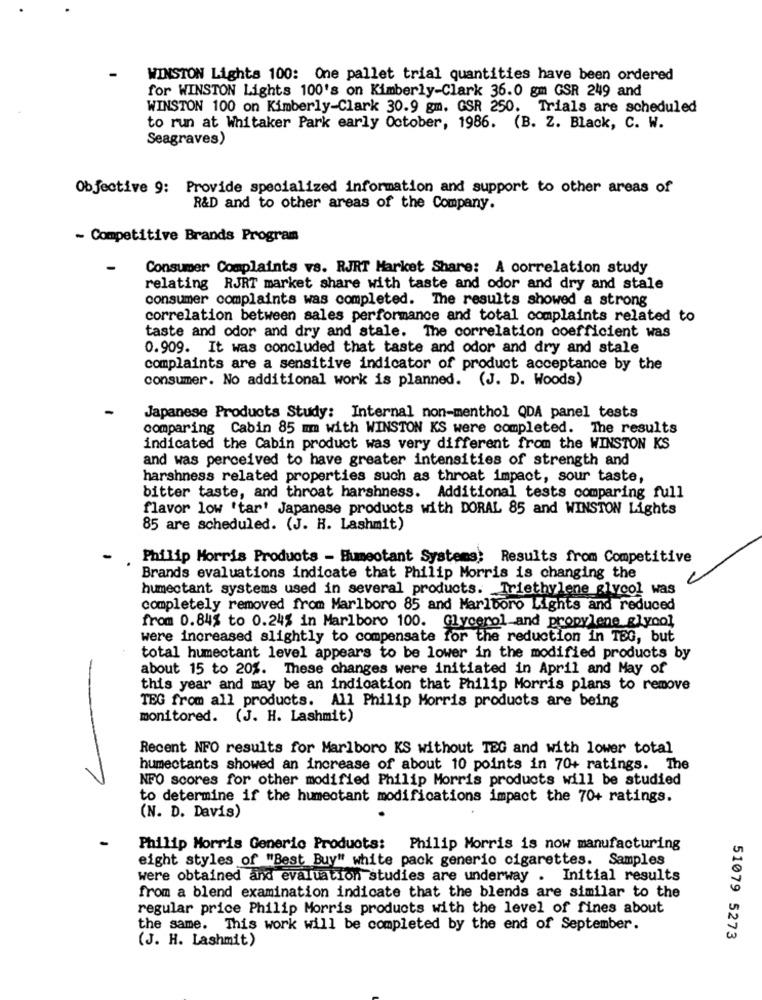
WINSTON Lights 100: One pallet trial quantities have been ordered
for WINSTON Lights 100's on Kimberly-Clark 36.0 gm GSR 249 and
WINSTON 100 on Kimberly-Clark 30.9 gm. GSR 250. Trials are scheduled
to run at Whitaker Park early October, 1986. (B. Z. Black, C. W.
Seagraves)
Objective 9: Provide specialized information and support to other areas of
R&D and to other areas of the Company.
~ Competitive Brands Program
Consumer Complaints vs. RJRT Market Share: A correlation study
relating RJRT market share with taste and odor and dry and stale
consumer complaints was completed. The results showed a strong
correlation between sales performance and total complaints related to
taste and odor and dry and stale. The correlation coefficient was
0.909. It was concluded that taste and odor and dry and stale
complaints are a sensitive indicator of product acceptance by the
consumer. No additional work is planned. (J. D. Woods)
Japanese Products Study: Internal non-menthol QDA panel tests
comparing Cabin 85 mm with WINSTON KS were completed. The results
indicated the Cabin product was very different from the WINSTON KS
and was perceived to have greater intensities of strength and
harshness related properties such as throat impact, sour taste,
bitter taste, and throat harshness. Additional tests comparing full
flavor low 'tar' Japanese products with DORAL 85 and WINSTON Lights
85 are scheduled. (J. H. Lashmit)
Philip Morris Products - Humeotant Systems; Results from Competitive
Brands evaluations indicate that Philip Morris is changing the
humectant systems used in several products. Triethylene glycol was
completely removed from Marlboro 85 and Marlboro Lights and reduced
from 0.84% to 0.24% in Marlboro 100. Glycerol and propylene glycol
were increased slightly to compensate for the reduction in TEG, but
total humectant level appears to be lower in the modified products by
about 15 to 20%. These changes were initiated in April and May of
this year and may be an indication that Philip Morris plans to remove
TEG from all products. All Philip Morris products are being
monitored. (J. H. Lashmit)
Recent NFO results for Marlboro KS without TEG and with lower total
humectants showed an increase of about 10 points in 70+ ratings. The
NFO scores for other modified Philip Morris products will be studied
to determine if the humectant modifications impact the 70+ ratings.
(N. D. Davis)
Philip Morris Generic Products: Philip Morris is now manufacturing
eight styles of "Best Buy" white pack generic cigarettes. Samples
were obtained and evaluation studies are underway . Initial results
from a blend examination indicate that the blends are similar to the
regular price Philip Morris products with the level of fines about
the same. This work will be completed by the end of September.
51079 5273
(J. H. Lashmit)